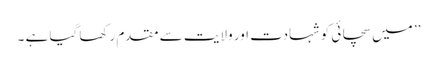
’’ میں سچائی کو شہادت اور ولایت سے مقدم رکھا گیا ہے ۔